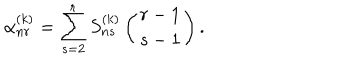
\alpha _ { n r } ^ { ( k ) } = \sum _ { s = 2 } ^ { r } S _ { n s } ^ { ( k ) } \left( r - 1 \atop { s - 1 } \right) .